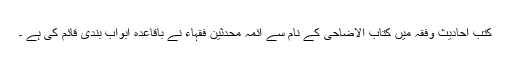
کتب احادیث وفقہ میں کتاب الاضاحی کے نام سے ائمہ محدثین فقہاء نے باقاعدہ ابواب بندی قائم کی ہے ۔